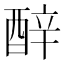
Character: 𬪬